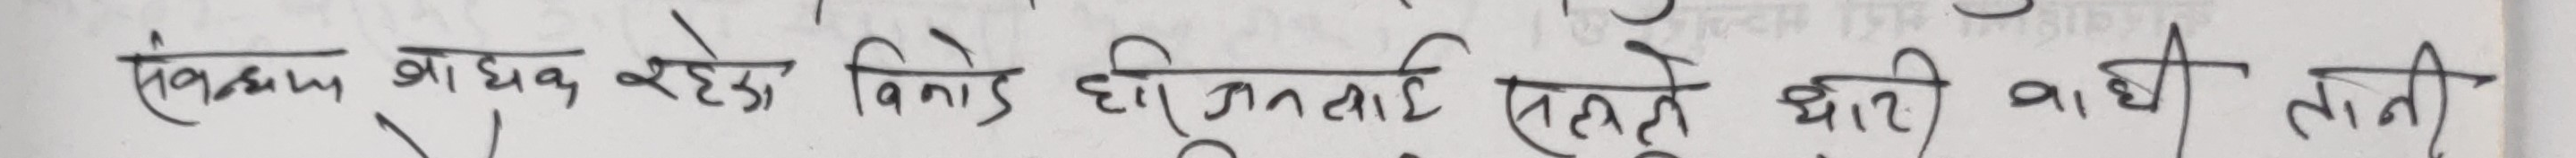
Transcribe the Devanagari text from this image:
संक्कम ज्यायक रहेको विनाइ हीनूताई सल्हले धारि बाढी तानी